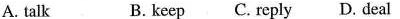
A.talk B. keep C. reply D. deal